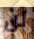
لن